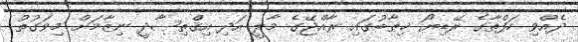
ދެއްވި ހަފްތާގެ ރޭޑިޔޯ ޚިޠާބުގައި ރާއްޖޭގެ މާލީ އަދި އިޤްތިޞާދީ ނިޒާމަށް މިވަގުތު